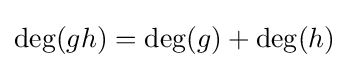
\deg(gh)=\deg(g)+\deg(h)